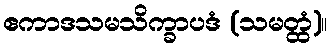
ဧကာဒသမသိက္ခာပဒံ (သမတ္ထံ)။